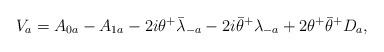
LaTeX: \begin{align*}V_a=A_{0a}-A_{1a}-2i\theta^+ {\bar \lambda}_{-a}-2i{\bar \theta}^+ \lambda_{-a} +2 \theta^+ {\bar \theta}^+ D_a,\end{align*}